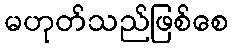
မဟုတ်သည်ဖြစ်စေ